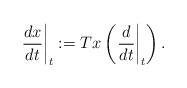
LaTeX: \begin{align*}\left.\frac{dx}{dt}\right|_t: = Tx \left(\left.\frac{d}{dt}\right|_t\right).\end{align*}